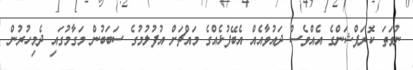
ނުވަތަ ކޮރަޕްޝަންގެ އެއްވެސް ދައުވާއެއް އެބޭފުޅެއްގެ މައްޗަށް އުފުލުމުގެ ސަބަބުން މަގާމުގައި ދެމިހުރުން